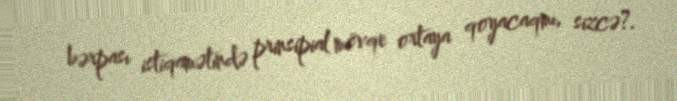
bərpası istiqamətində prinsipial mövqe ortaya qoyacaqmı, sizcə?.